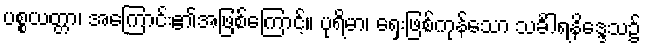
ပစ္စယတ္တာ၊ အကြောင်း၏အဖြစ်ကြောင့်။ ပုရိမာ၊ ရှေးဖြစ်ကုန်သော သင်္ခါရနိဒ္ဒေသ၌